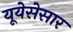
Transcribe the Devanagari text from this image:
यूयेसेसार